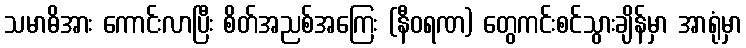
သမာဓိအား ကောင်းလာပြီး စိတ်အညစ်အကြေး (နီဝရဏ) တွေကင်းစင်သွားချိန်မှာ အာရုံမှာ